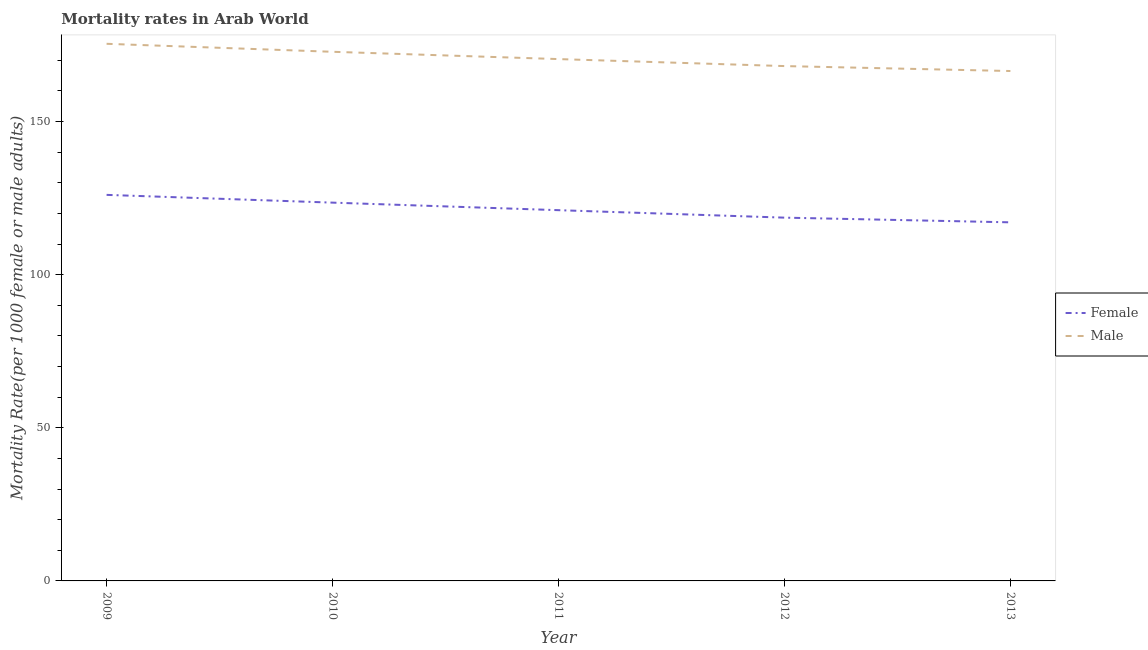
| Year | Female | Male |
 | --- | --- | --- |
 | 2009 | 126 | 175 |
 | 2010 | 124 | 173 |
 | 2011 | 121 | 170 |
 | 2012 | 119 | 168 |
 | 2013 | 117 | 166 |